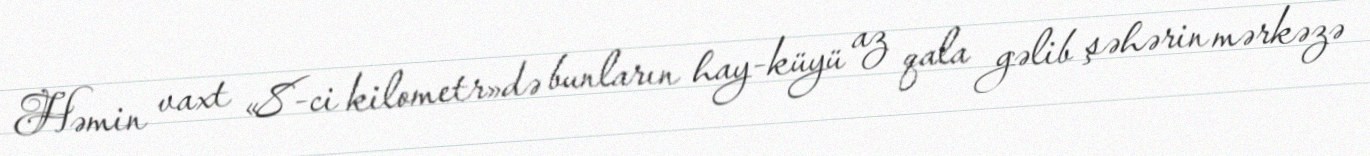
Həmin vaxt «8-ci kilometr»də bunların hay-küyü az qala gəlib şəhərin mərkəzə